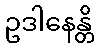
ဥဒါနေန္တိ